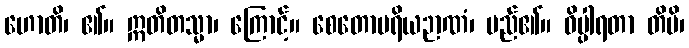
ဟောတိ၊ ၏။ ဣတိတသ္မာ၊ ကြောင့်။ စေတောပရိယဉာဏံ၊ မည်၏။ ဝိပ္ပါရတာ တိပိ၊